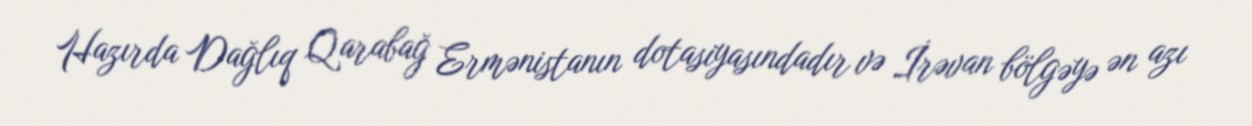
Hazırda Dağlıq Qarabağ Ermənistanın dotasiyasındadır və İrəvan bölgəyə ən azı